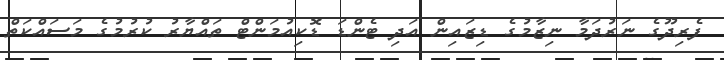
ފެރިދޫގެ ނަރުދަމާ ނިޒާމުގެ ޑިޒައިން އަދި ޓެންޑަ ޑޮކިއުމަންޓް ތައްޔާރު ކުރުމުގެ މަސައްކަތް